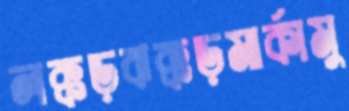
লক্কড়ঝক্কড়মার্কামু